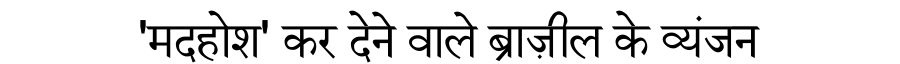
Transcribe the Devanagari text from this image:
'मदहोश' कर देने वाले ब्राज़ील के व्यंजन